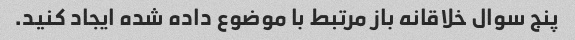
پنج سوال خلاقانه باز مرتبط با موضوع داده شده ایجاد کنید.